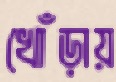
খোঁড়ায়